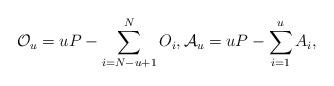
LaTeX: \begin{align*}&\mathcal{O}_{u} = uP-\sum_{i=N-u+1}^N O_i,\mathcal{A}_u = uP-\sum_{i=1}^u A_i,\end{align*}